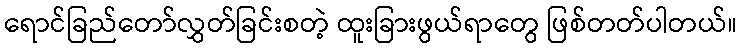
ရောင်ခြည်တော်လွှတ်ခြင်းစတဲ့ ထူးခြားဖွယ်ရာတွေ ဖြစ်တတ်ပါတယ်။